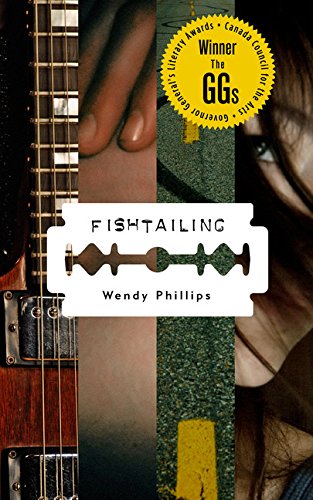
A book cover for Fishtailing; Wendy Phillips; Teen & Young Adult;